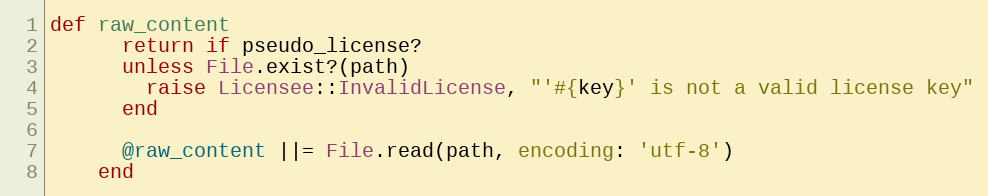
Language: Ruby
def raw_content
      return if pseudo_license?
      unless File.exist?(path)
        raise Licensee::InvalidLicense, "'#{key}' is not a valid license key"
      end

      @raw_content ||= File.read(path, encoding: 'utf-8')
    end